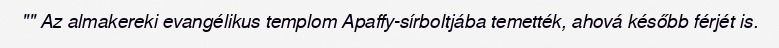
"" Az almakereki evangélikus templom Apaffy-sírboltjába temették, ahová később férjét is.